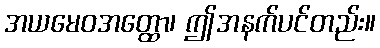
အယမေဝအတ္ထော၊ ဤအနက်ပင်တည်း။